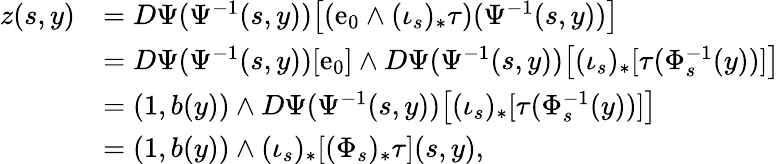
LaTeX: \begin{array}{rl}{z(s,y)}&{=D\Psi(\Psi^{-1}(s,y))\bigl[(\mathrm{e}_{0}\wedge(\iota_{s})_{*}\tau)(\Psi^{-1}(s,y))\bigr]}\\ &{=D\Psi(\Psi^{-1}(s,y))[\mathrm{e}_{0}]\wedge D\Psi(\Psi^{-1}(s,y))\big[(\iota_{s})_{*}[\tau(\Phi_{s}^{-1}(y))]\big]}\\ &{=(1,b(y))\wedge D\Psi(\Psi^{-1}(s,y))\big[(\iota_{s})_{*}[\tau(\Phi_{s}^{-1}(y))]\big]}\\ &{=(1,b(y))\wedge(\iota_{s})_{*}[(\Phi_{s})_{*}\tau](s,y),}\end{array}